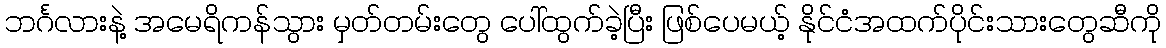
ဘင်္ဂလားနဲ့ အမေရိကန်သွား မှတ်တမ်းတွေ ပေါ်ထွက်ခဲ့ပြီး ဖြစ်ပေမယ့် နိုင်ငံအထက်ပိုင်းသားတွေဆီကို